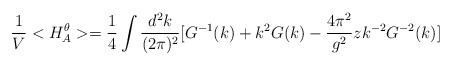
\begin{align*}\frac{1}{V}<H_A^{\theta}>=\frac{1}{4} \int \frac{d^2 k}{(2\pi)^2}[G^{-1}(k) + k^2 G(k) -\frac{4\pi^2}{g^2} z k^{-2}G^{-2}(k)]\end{align*}